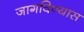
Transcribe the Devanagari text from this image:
जागविण्यास